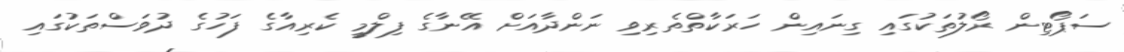
ސަޕޯޓިން ރޯލުތަކުގައި ގިނައިން ހަރަކާތްތެރިވި ނަންދާއަށް އޭނާގެ ފިލްމީ ކެރިއާގެ ފަހުގެ ދުވަސްތަކުގައި